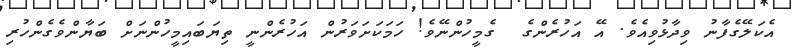
އެކަލޭގެފާނު ވިދާޅުވިއެވެ. އޭ އަހުރެންގެ  ގެމީހުންނޭވެ! ހަމަކަށަވަރުން އަހުރެންނީ ތިޔަބައިމީހުންނަށް ބަޔާންވެގެންހުރި